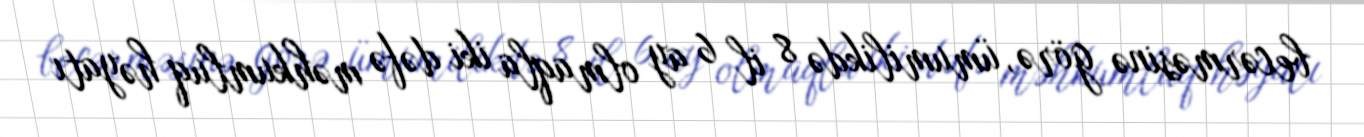
becərməsinə görə, ümumilikdə 8 il 6 ay olmaqla iki dəfə məhkumluq həyatı